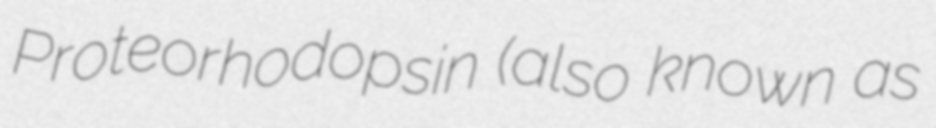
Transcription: Proteorhodopsin (also known as